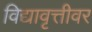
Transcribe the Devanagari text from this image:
विद्यावृत्तीवर